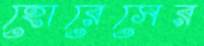
হোরেসের